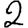
Digit: 2